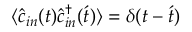
\langle \hat { c } _ { i n } ( t ) \hat { c } _ { i n } ^ { \dagger } ( \acute { t } ) \rangle = \delta ( t - \acute { t } )